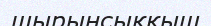
шырынсыққыш